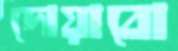
দোয়াবো